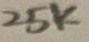
Text: 25K